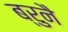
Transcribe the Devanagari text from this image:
ब्रुनै